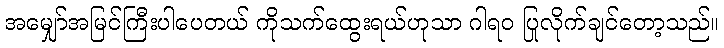
အမျှော်အမြင်ကြီးပါပေတယ် ကိုသက်ထွေးရယ်ဟုသာ ဂါရဝ ပြုလိုက်ချင်တော့သည်။